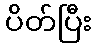
ပိတ်ပြီး